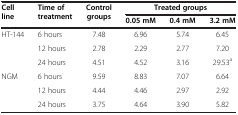
| Cell line | Time of treatment | Control groups | <COLSPAN=3> Treated groups |
 |  |  |  | 0.05 mM | 0.4 mM | 3.2 mM |
 | --- | --- | --- | --- | --- | --- |
 | <ROWSPAN=3> HT-144 | 6 hours | 7.48 | 6.96 | 5.74 | 6.45 |
 | 12 hours | 2.78 | 2.29 | 2.77 | 7.20 |
 | 24 hours | 4.51 | 4.52 | 3.16 | 29.53a |
 | <ROWSPAN=2> NGM | 6 hours | 9.59 | 8.83 | 7.07 | 6.64 |
 | 12 hours | 4.44 | 4.46 | 2.97 | 2.92 |
 |  | 24 hours | 3.75 | 4.64 | 3.90 | 5.82 |